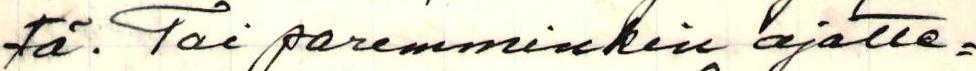
tä. Tai paremminkin ajatte=